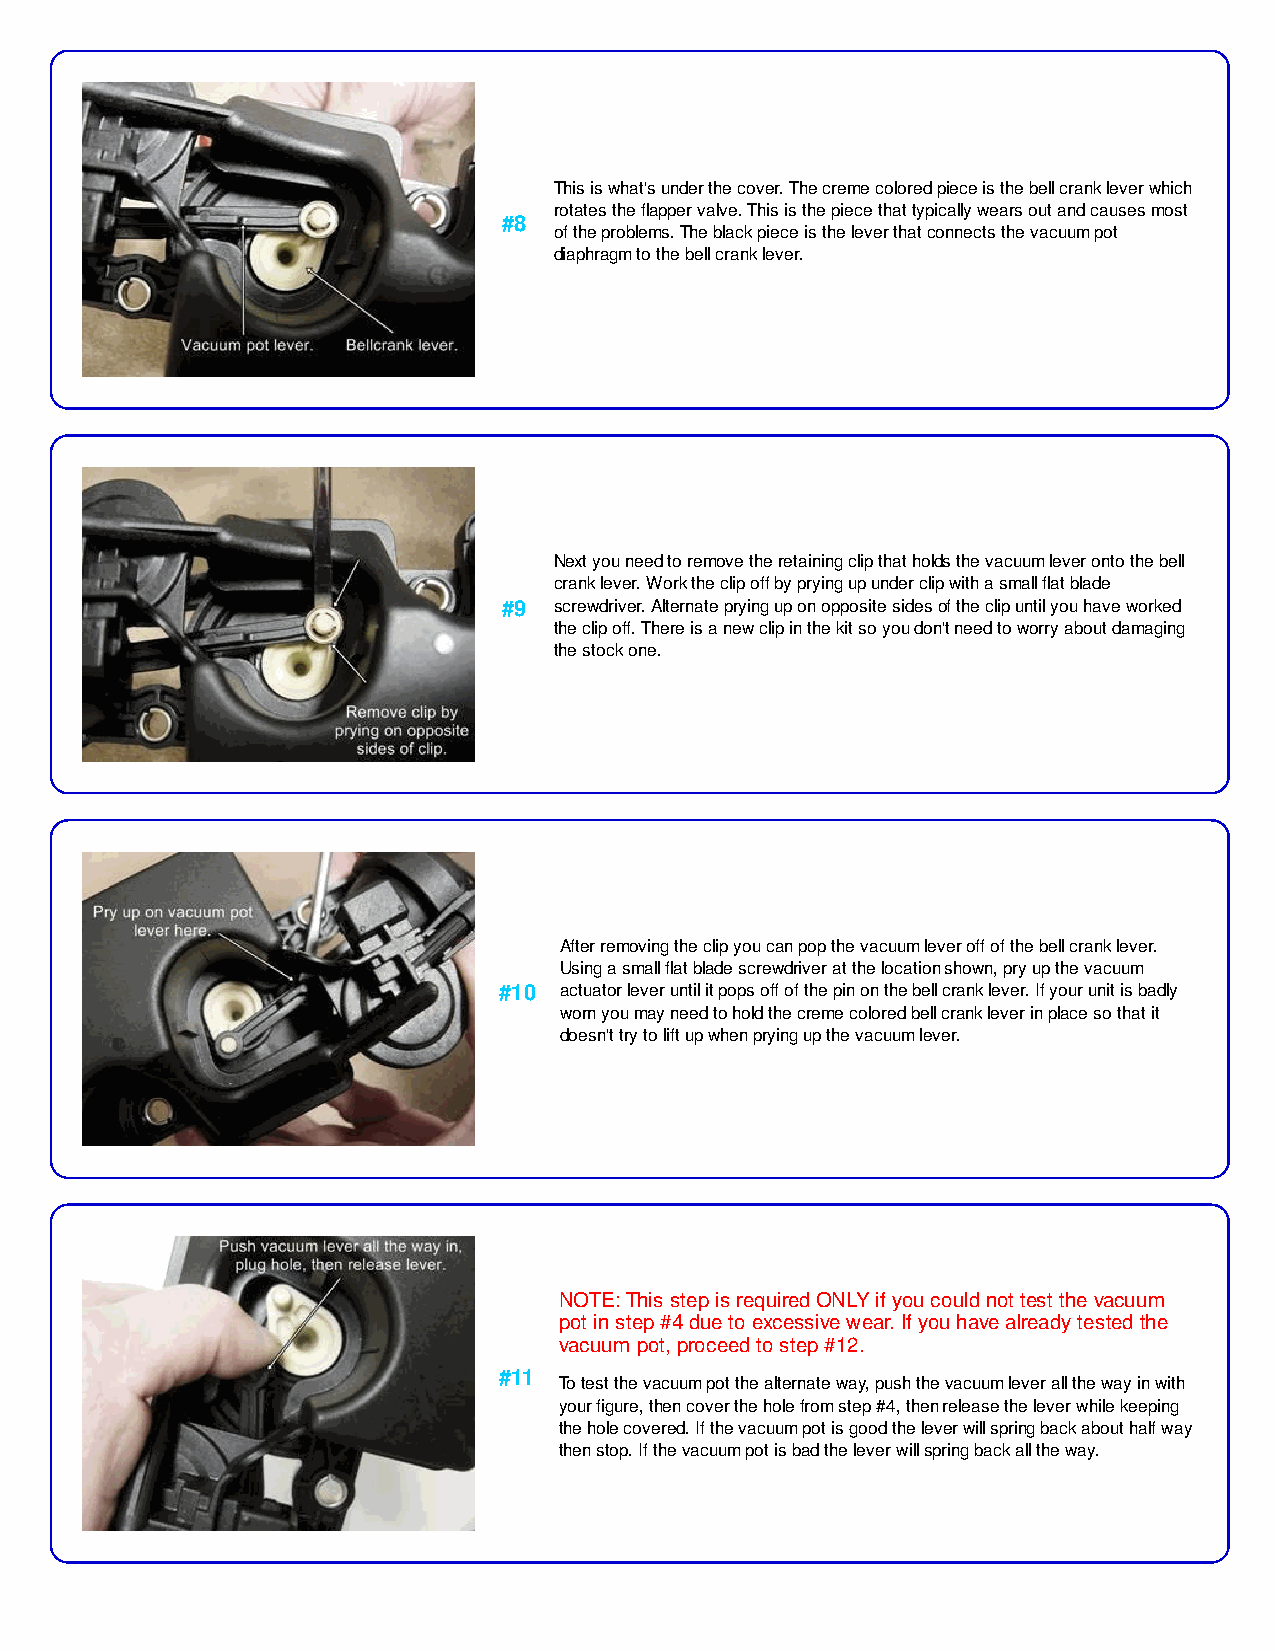
This is what's under the cover. The creme colored piece is the bell crank lever which
 rotates the flapper valve. This is the piece that typically wears out and causes most
 #8
 of the problems. The black piece is the lever that connects the vacuum pot
 diaphragm to the bell crank lever.
 Next you need to remove the retaining clip that holds the vacuum lever onto the bell
 crank lever. Work the clip off by prying up under clip with a small flat blade
 #9  screwdriver. Alternate prying up on opposite sides of the clip until you have worked
 the clip off. There is a new clip in the kit so you don't need to worry about damaging
 the stock one.
 After removing the clip you can pop the vacuum lever off of the bell crank lever.
 Using a small flat blade screwdriver at the location shown, pry up the vacuum
 #10 actuator lever until it pops off of the pin on the bell crank lever. If your unit is badly
 worn you may need to hold the creme colored bell crank lever in place so that it
 doesn't try to lift up when prying up the vacuum lever.
 NOTE: This step is required ONLY if you could not test the vacuum
 pot in step #4 due to excessive wear. If you have already tested the
 vacuum pot, proceed to step #12.
 #11
 To test the vacuum pot the alternate way, push the vacuum lever all the way in with
 your figure, then cover the hole from step #4, then release the lever while keeping
 the hole covered. If the vacuum pot is good the lever will spring back about half way
 then stop. If the vacuum pot is bad the lever will spring back all the way.